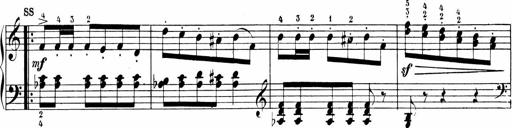
Title: 6 Sonatinas
Composer: Carl Reinecke